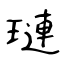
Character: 璉